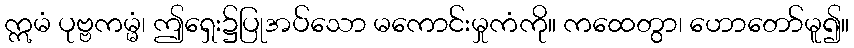
ဣမံ ပုဗ္ဗကမ္မံ၊ ဤရှေး၌ပြုအပ်သော မကောင်းမှုကံကို။ ကထေတွာ၊ ဟောတော်မူ၍။